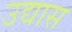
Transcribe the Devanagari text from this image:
उद्यास